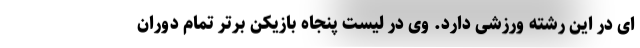
ای در این رشته ورزشی دارد. وی در لیست پنجاه بازیکن برتر تمام دوران